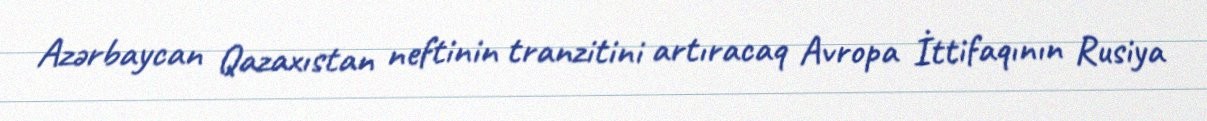
Azərbaycan Qazaxıstan neftinin tranzitini artıracaq Avropa İttifaqının Rusiya